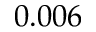
0 . 0 0 6